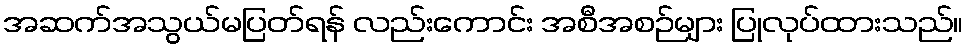
အဆက်အသွယ်မပြတ်ရန် လည်းကောင်း အစီအစဉ်များ ပြုလုပ်ထားသည်။